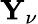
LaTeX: {\mathbf Y_{\nu}}